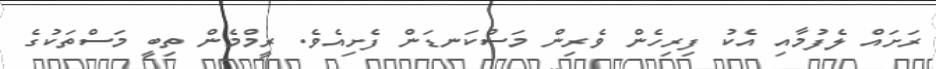
ރަށައް ލެފުމާއި އެކު ފިރިހެން ވެރިން މަސްކަނޑަން ފެށިއެވެ. ރީމްމެން ތިބީ މަސްތަކުގެ